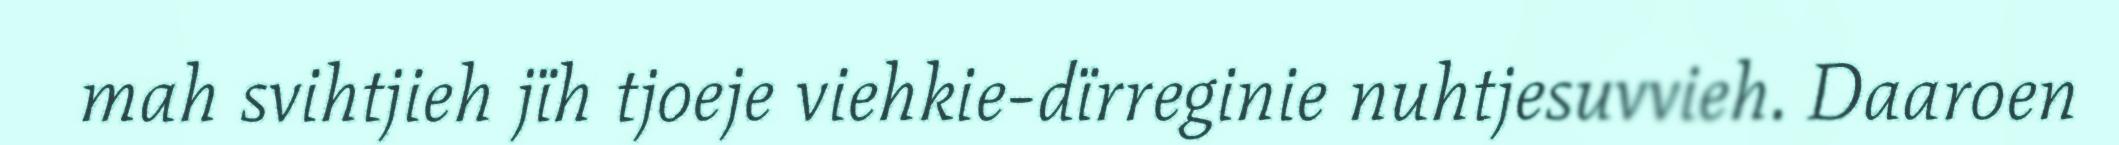
mah svihtjieh jïh tjoeje viehkie-dïrreginie nuhtjesuvvieh. Daaroen